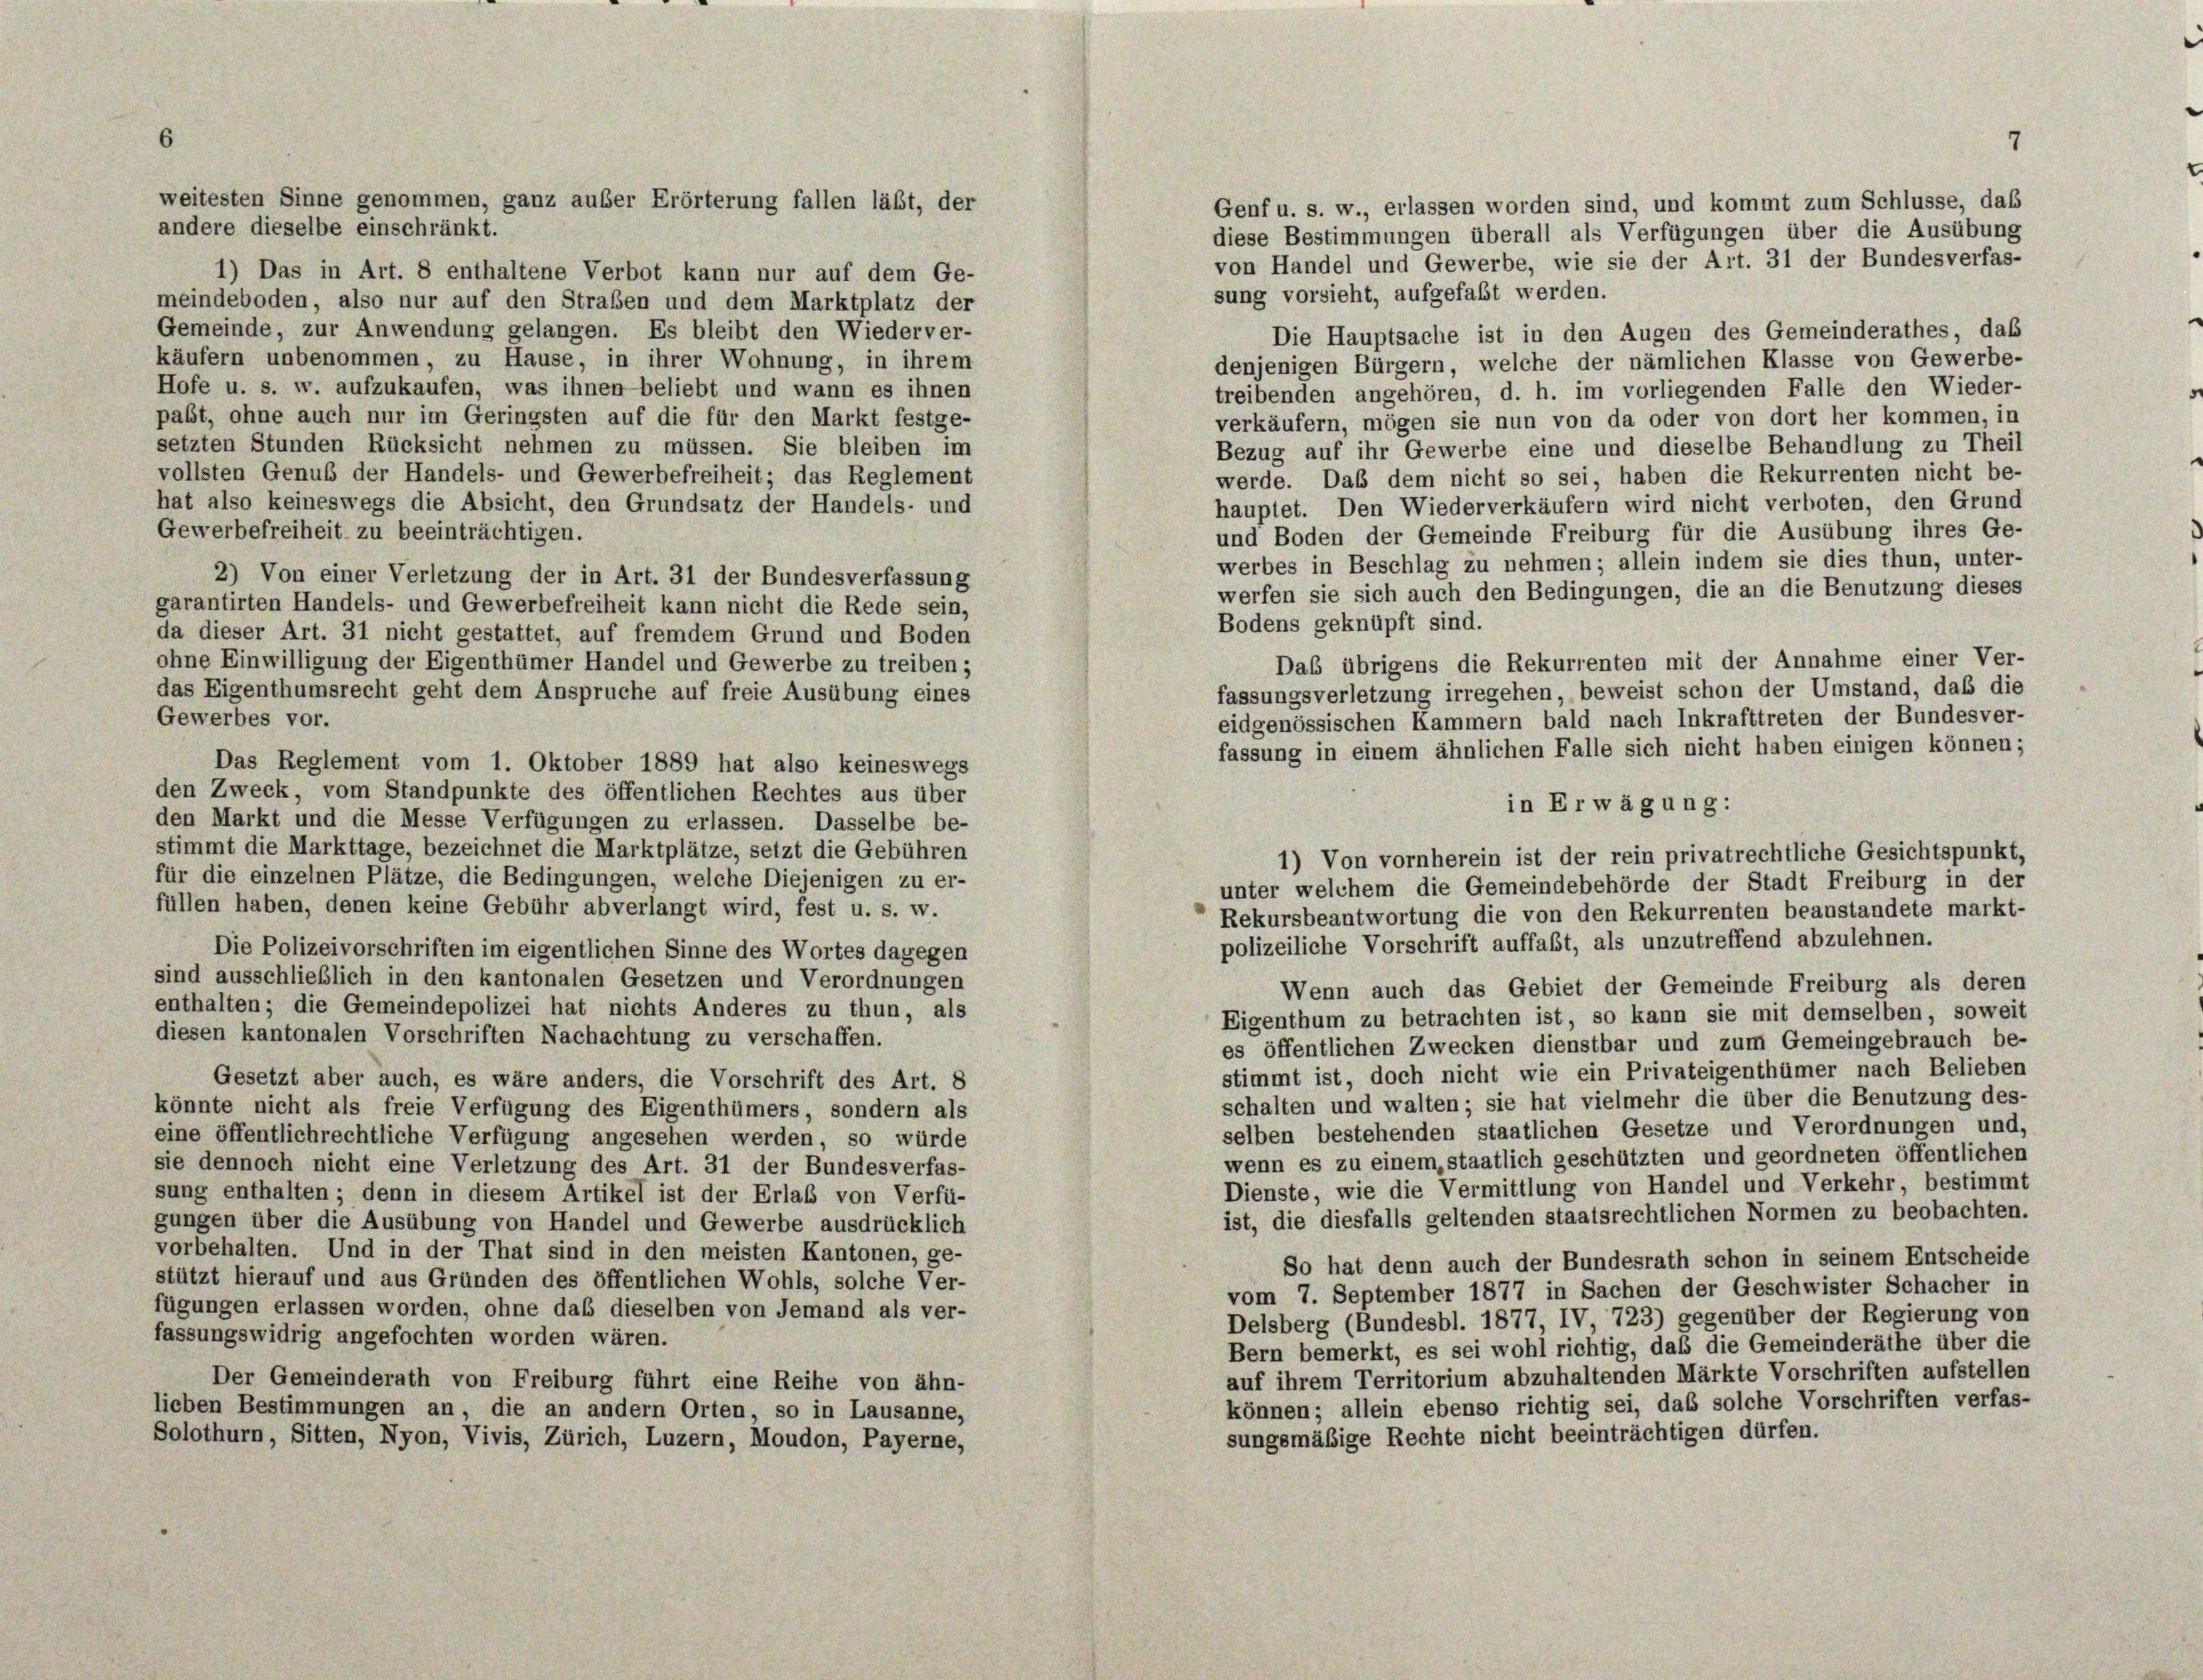
Genf u. s. w., erlassen worden sind, und kommt zum Schlüsse, daß
andere dieselbe einschränkt.
diese Bestimmungen überall als Verfügungen über die Ausübung
von Handel und Gewerbe, wie sie der Art. 31 der Bundesverfas-
1) Das in Art. 8 enthaltene Verbot kann nur auf dem Ge-
sung vorsieht, aufgefaßt werden.
meindeboden, also nur auf den Straßen und dem Marktplatz der
Gemeinde, zur Anwendung gelangen. Es bleibt den Wiederver-
Die Hauptsache ist in den Augen des Gemeinderathes, das
käufern unbenommen, zu Hause, in ihrer Wohnung, in ihrem
denjenigen Bürgern, welche der nämlichen Klasse von Gewerbe-
Hofe u. s. w. aufzukaufen, was ihnen beliebt und wann es ihnen
treibenden angehören, d. h. im vorliegenden Falle den Wieder-
pabt, ohne auch nur im Geringsten auf die für den Markt festge-
verkäufern, mögen sie nun von da oder von dort her kommen, in
setzten Stunden Rücksicht nehmen zu müssen. Sie bleiben im
Bezug auf ihr Gewerbe eine und dieselbe Behandlung zu Theil
vollsten Genus der Handels- und Gewerbefreiheit; das Reglement
werde. Das dem nicht so sei, haben die Rekurrenten nicht be-
hat also keineswegs die Absicht, den Grundsatz der Handels- und
hauptet. Den Wiederverkäufern wird nicht verboten, den Grund
Gewerbefreiheit zu beeinträchtigen.
und Boden der Gemeinde Freiburg für die Ausübung ihres Ge-
werbes in Beschlag zu nehmen; allein indem sie dies thun, unter-
2) Von einer Verletzung der in Art. 31 der Bundesverfassung
werfen sie sich auch den Bedingungen, die an die Benutzung dieses
garantirten Handels- und Gewerbefreiheit kann nicht die Rede sein,
Bodens geknüpft sind.
da dieser Art. 31 nicht gestattet, auf fremdem Grund und Boden
Das übrigens die Rekurrenten mit der Annahme einer Ver-
ohne Einwilligung der Eigenthümer Handel und Gewerbe zu treiben;
das Eigenthumsrecht geht dem Anspruche auf freie Ausübung eines
fassungsverletzung irregehen, beweist schon der Umstand, daß die
Gewerbes vor.
eidgenössischen Kammern bald nach Inkrafttreten der Bundesver-
fassung in einem ähnlichen Falle sich nicht haben einigen können;
Das Reglement vom 1. Oktober 1889 hat also keineswegs
den Zweck, vom Standpunkte des öffentlichen Rechtes aus über
in Erwägung:
den Markt und die Messe Verfügungen zu erlassen. Dasselbe be-
stimmt die Markttage, bezeichnet die Marktplätze, setzt die Gebühren
1) Von vornherein ist der rein privatrechtliche Gesichtspunkt,
für die einzelnen Plätze, die Bedingungen, welche Diejenigen zu er-
unter welchem die Gemeindebehörde der Stadt Freiburg in der
füllen haben, denen keine Gebühr abverlangt wird, fest u. s. w.
Rekursbeantwortung die von den Rekurrenten beanstandete markt-
polizeiliche Vorschrift auffaßt, als unzutreffend abzulehnen.
Die Polizeivorschriften im eigentlichen Sinne des Wortes dagegen
sind ausschließlich in den kantonalen Gesetzen und Verordnungen
Wenn auch das Gebiet der Gemeinde Freiburg als deren
enthalten; die Gemeindepolizei hat nichts Anderes zu thun, als
Eigenthum zu betrachten ist, so kann sie mit demselben, soweit
diesen kantonalen Vorschriften Nachachtung zu verschaffen.
es öffentlichen Zwecken dienstbar und zum Gemeingebrauch be-
stimmt ist, doch nicht wie ein Privateigenthümer nach Belieben
Gesetzt aber auch, es wäre anders, die Vorschrift des Art. 8
schalten und walten; sie hat vielmehr die über die Benutzung des-
könnte nicht als freie Verfügung des Eigenthümers, sondern als
selben bestehenden staatlichen Gesetze und Verordnungen und,
eine öffentlichrechtliche Verfügung angesehen werden, so würde
wenn es zu einem, staatlich geschützten und geordneten öffentlichen
sie dennoch nicht eine Verletzung des Art. 31 der Bundesverfas-
Dienste, wie die Vermittlung von Handel und Verkehr, bestimmt
sung enthalten; denn in diesem Artikel ist der Erlaß von Verfü-
ist, die diesfalls geltenden staatsrechtlichen Normen zu beobachten.
gungen über die Ausübung von Handel und Gewerbe ausdrücklich
vorbehalten. Und in der That sind in den meisten Kantonen, ge-
So hat denn auch der Bundesrath schon in seinem Entscheide
stützt hierauf und aus Gründen des öffentlichen Wohls, solche Ver-
vom 7. September 1877 in Sachen der Geschwister Schacher in
fügungen erlassen worden, ohne das dieselben von Jemand als ver-
Delsberg (Bundesbl. 1877, IV, 723) gegenüber der Regierung von
fassungswidrig angefochten worden wären.
Bern bemerkt, es sei wohl richtig, das die Gemeinderäthe über die
auf ihrem Territorium abzuhaltenden Märkte Vorschriften aufstellen
Der Gemeinderath von Freiburg führt eine Reihe von ähn-
können; allein ebenso richtig sei, das solche Vorschriften verfas-
lieben Bestimmungen an, die an andern Orten, so in Lausanne,
sungsmäßige Rechte nicht beeinträchtigen dürfen.
Solothurn, Sitten, Nyon, Vivis, Zürich, Luzern, Moudon, Payerne,

weitesten Sinne genommen, ganz außer Erörterung fallen läßt, der

7